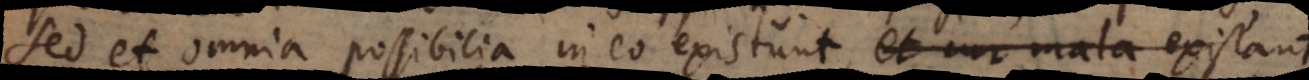
sed et omnia possibilia in eo existunt, non minus ea,